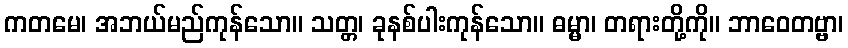
ကတမေ၊ အဘယ်မည်ကုန်သော။ သတ္တ၊ ခုနစ်ပါးကုန်သော။ ဓမ္မာ၊ တရားတို့ကို။ ဘာဝေတဗ္ဗာ၊